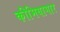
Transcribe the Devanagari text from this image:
कीमियागार